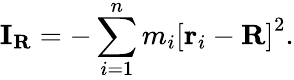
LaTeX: \mathbf{I}_{\mathbf{R}}=-\sum_{i=1}^{n}m_{i}\left[\mathbf{r}_{i}-\mathbf{R}\right]^{2}.